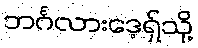
ဘင်္ဂလားဒေ့ရှ်သို့